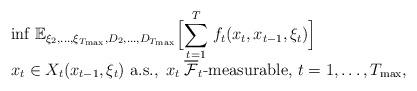
LaTeX: \begin{align*} \begin{array}{l}\displaystyle{\inf} \; \mathbb{E}_{\xi_2,\ldots,\xi_{T_{\max}},D_2,\ldots,D_{T_{\max}}}\Big[ \displaystyle{\sum_{t=1}^{T}} \; f_{t} (x_{t}, x_{t-1}, \xi_t)\Big]\\x_t \in X_t( x_{t-1}, \xi_t ) \mbox{ a.s.},\; x_{t} \;{\overline{\mathcal{F}}}_t\mbox{-measurable, }t=1,\ldots,T_{\max},\end{array}\end{align*}